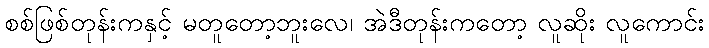
စစ်ဖြစ်တုန်းကနှင့် မတူတော့ဘူးလေ၊ အဲဒီတုန်းကတော့ လူဆိုး လူကောင်း